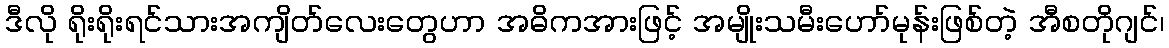
ဒီလို ရိုးရိုးရင်သားအကျိတ်လေးတွေဟာ အဓိကအားဖြင့် အမျိုးသမီးဟော်မုန်းဖြစ်တဲ့ အီစတိုဂျင်၊